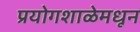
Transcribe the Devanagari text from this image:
प्रयोगशाळेमधून